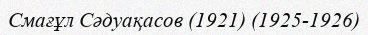
Смағұл Сәдуақасов (1921) (1925-1926)